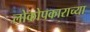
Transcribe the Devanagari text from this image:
लोकोपकाराच्या